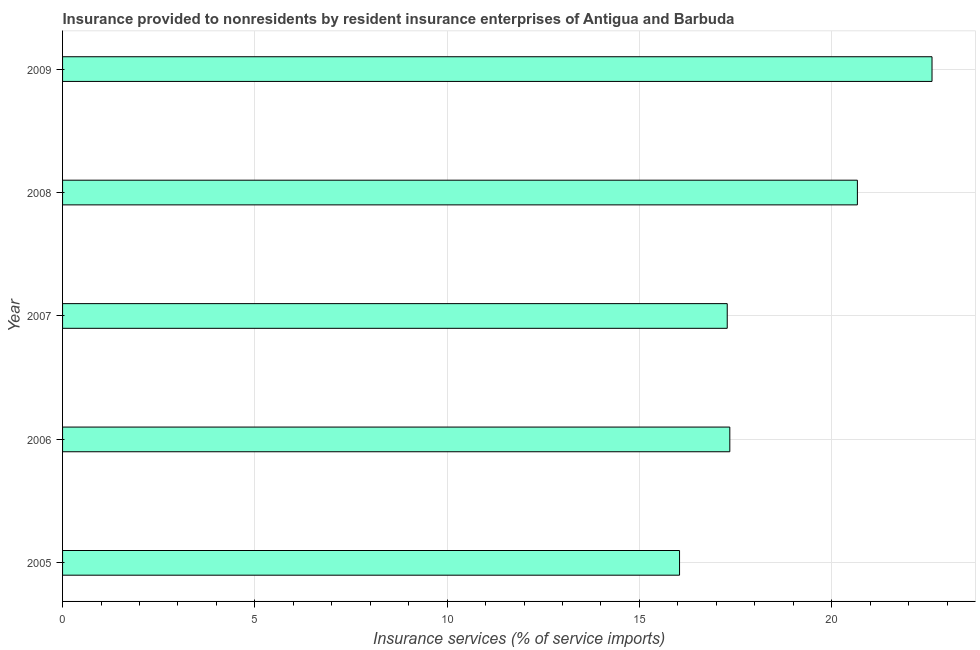
| Year | Insurance and financial services |
 | --- | --- |
 | 2005 | 16 |
 | 2006 | 17.4 |
 | 2007 | 17.3 |
 | 2008 | 20.7 |
 | 2009 | 22.6 |